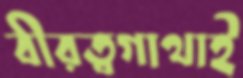
বীরত্বগাথাই